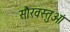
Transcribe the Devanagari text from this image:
सौरवस्तुओं